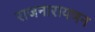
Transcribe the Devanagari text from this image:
राजनारायणन